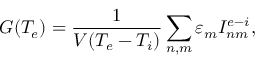
G ( T _ { e } ) = \frac { 1 } { V ( T _ { e } - T _ { i } ) } \sum _ { n , m } \varepsilon _ { m } I _ { n m } ^ { e - i } ,